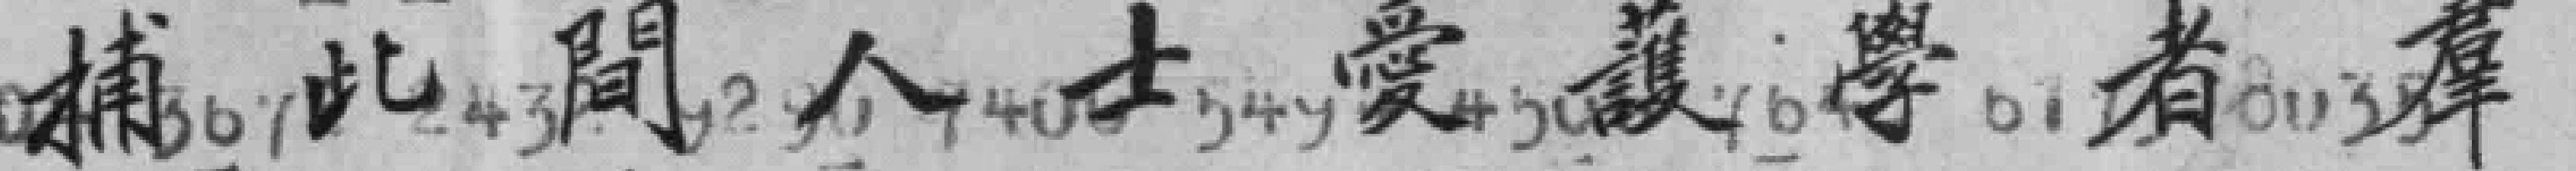
捕此間人士愛護學者羣